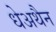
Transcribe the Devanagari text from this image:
धेअथैन